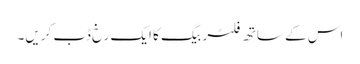
اس کے ساتھ فلٹر بیگ کا ایک رخ ڈب کریں۔